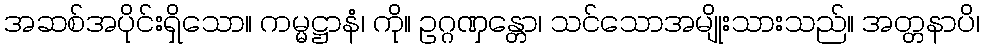
အဆစ်အပိုင်းရှိသော။ ကမ္မဋ္ဌာနံ၊ ကို။ ဥဂ္ဂဏှန္တော၊ သင်သောအမျိုးသားသည်။ အတ္တနာပိ၊